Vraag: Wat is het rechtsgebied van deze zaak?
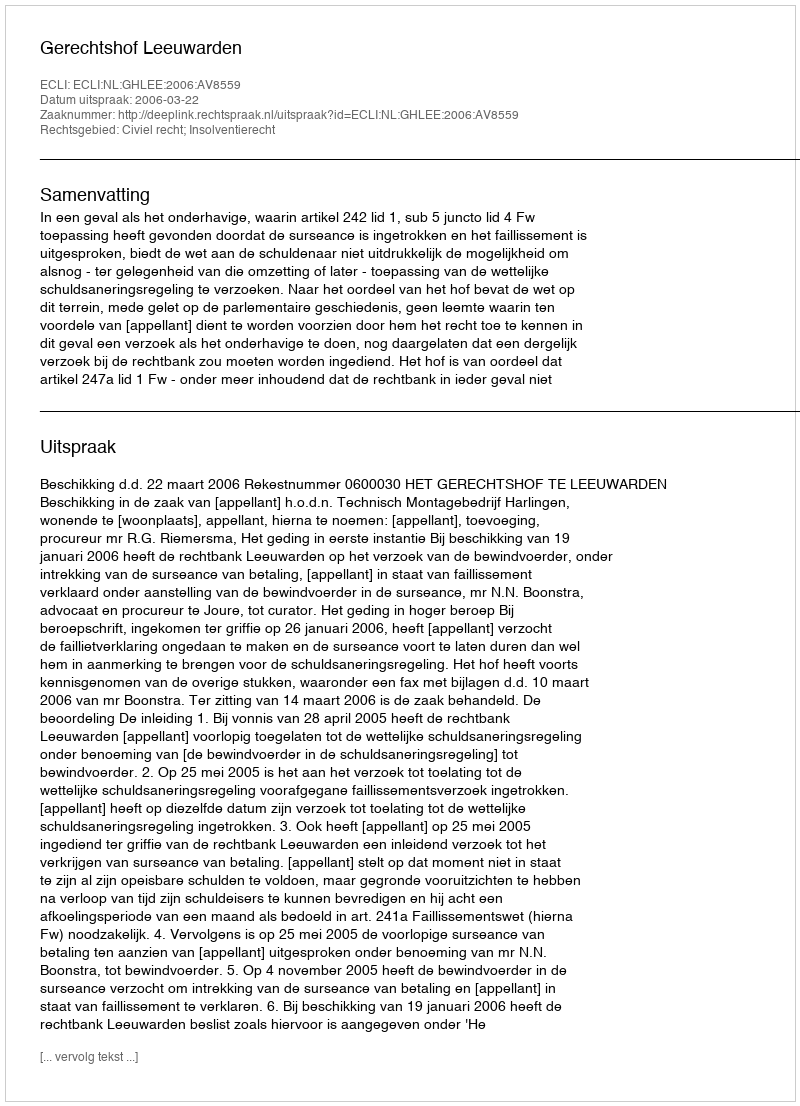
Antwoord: Civiel recht; Insolventierecht